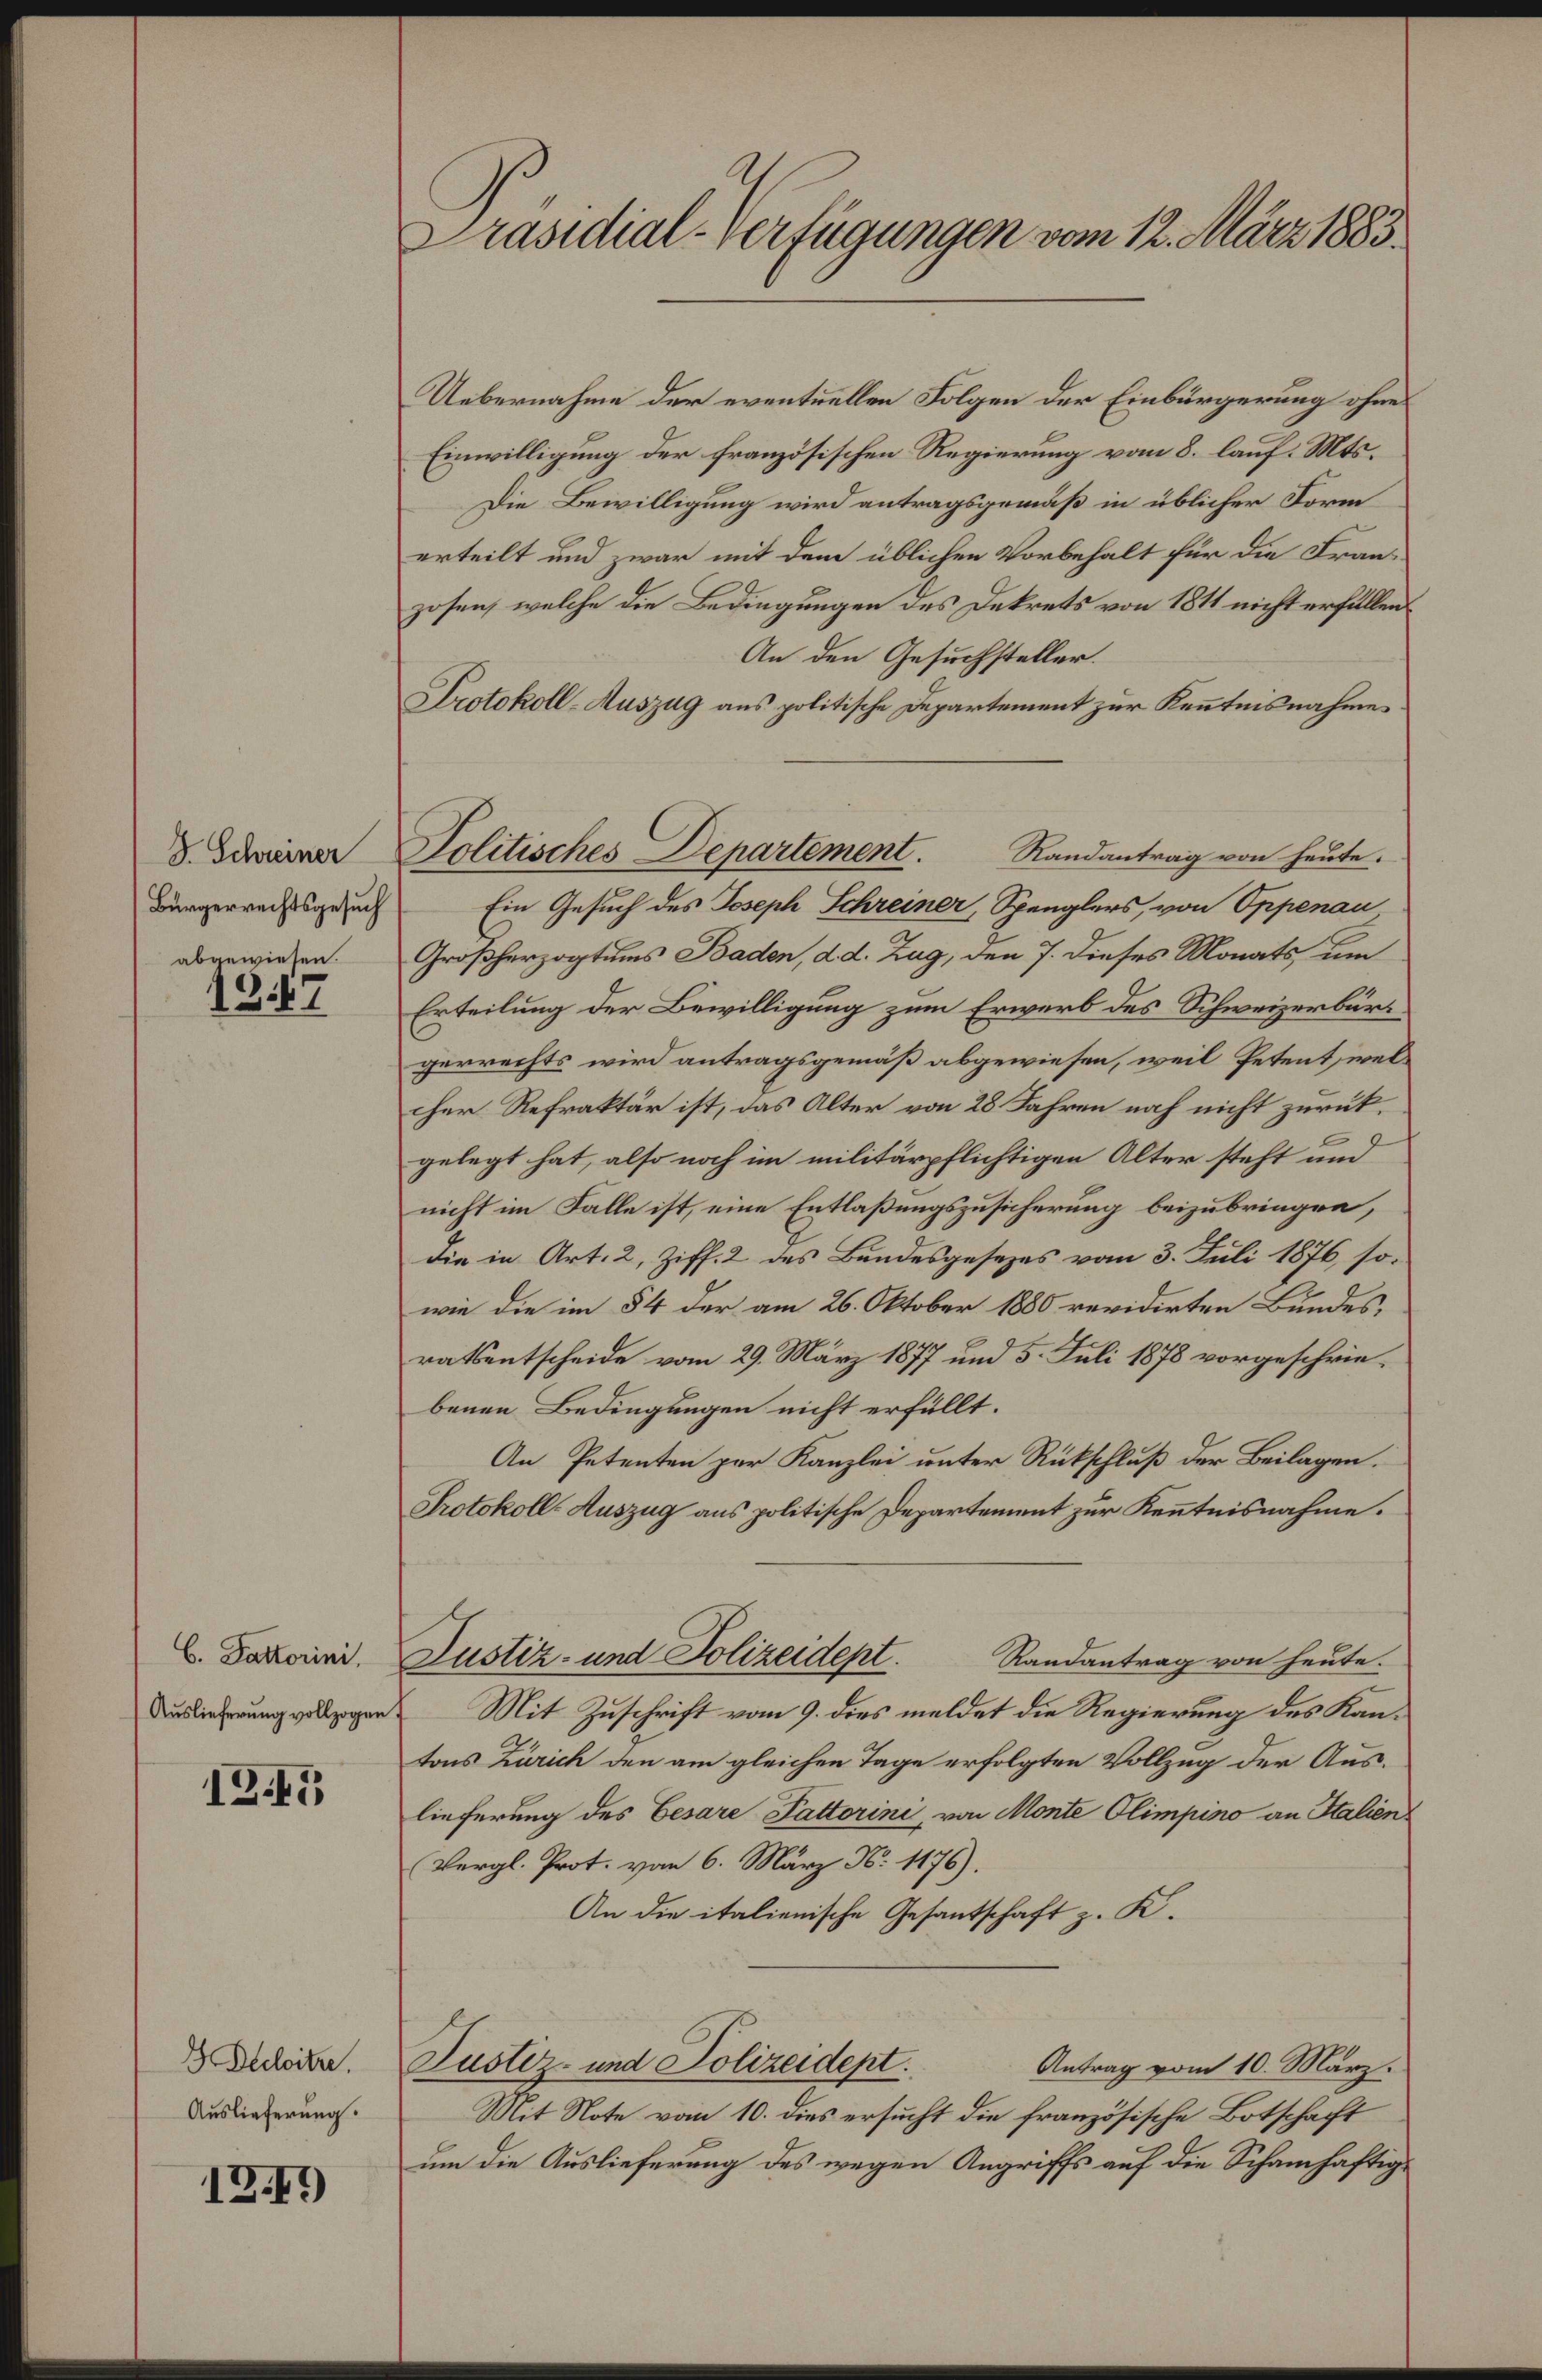
D. Schreiner
Bürgerrechtsgesuch
abgewiesen.

1847

C. Pastorini
Auslieferung vollzogen

I.5

G. Declitze.
Auslieferung.

12.)

Präsidial-Verfügungen vom 12. März 1883.

Uebernahme der eventuellen Folgen der Einbürgerung ohnes
Einwilligung der französischen Regierung vom 8. lauf. Mts.
Die Bewilligung wird antragsgemäß in üblicher Form
erteilt und zwar mit dem üblichen Vorbehalt für die Franzosen, welche die Bedingungen des Dekrets von 1811 nicht erfüllen
An den Gesuchsteller.
Protokoll-Auszug aus politische Departement zur Kenntnisnahme
Randantrag von heute.
Ein Gesuch des Joseph Schreiner, Spenglers, von Oppenau
Großherzogtums Baden, d. d. Zug, den 7. dieses Monats, um
Erteilung der Bewilligung zum Erwerb des Schweizerbürgerrechts wird antragsgemäß abgewiesen, weil Petent, welcher Refraktär ist, das Alter von 28 Jahren noch nicht zurückgelegt hat, also noch im militärpflichtigen Alter steht und
nicht im Falle ist, eine Entlaßungszusicherung beizubringen,
die in Art. 2, Ziff. 2 des Bundesgesezes vom 3. Juli 1876, sowie die im § 4 der am 26. Oktober 1880 revidirten Bundes,
ratsentscheide vom 29. März 1877 und 5. Juli 1878 vorgeschriebenen Bedingungen nicht erfüllt.
An Petenten par Kanzlei unter Rückschluß der Beilagen.
Protokoll-Auszug aus politische Departement zur Kenntnisnahme.
Justiz- und Polizeidept.
Randantrag von heute.
Mit Zuschrift vom 9. dies meldet die Regierung des Kantons Zürich den am gleichen Tage erfolgten Vollzug der Auslieferung des Cesare Fattorini, von Monte Olimpino an Italien
Vergl. Prot. von 6. März N. 1176).
An die italienische Gesantschaft z. K.
Justiz- und Polizeidept.
Antrag vom 10. März.
Mit Note vom 10. dies ersucht die französische Botschaft
um die Auslieferung des wegen Angriffs auf die Schamhaftig¬

Politisches Departement.